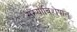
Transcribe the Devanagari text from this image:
संख्याविशेषात्